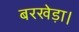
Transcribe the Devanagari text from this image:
बरखेड़ा।